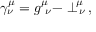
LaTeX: \gamma _ { \nu } ^ { \mu } = g _ { \ \nu } ^ { \mu } - \perp _ { \, \nu } ^ { \! \mu } \, ,